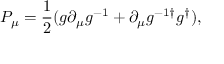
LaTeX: P _ { \mu } = { \frac { 1 } { 2 } } ( g \partial _ { \mu } g ^ { - 1 } + \partial _ { \mu } g ^ { - 1 \dagger } g ^ { \dagger } ) ,